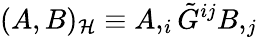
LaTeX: (A,B)_{\cal H}\equiv A,_{i}\tilde{G}^{ij}B,_{j}